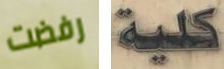
رفضت كلية